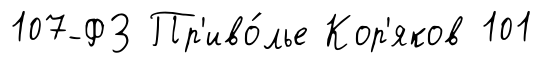
107-ФЗ Пр'иво́лье Кор'яков 101